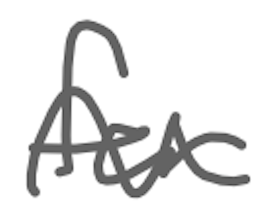
Text: for
Cross-out: wave
Writing tool: digital_gray